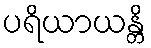
ပရိယာယန္တိ